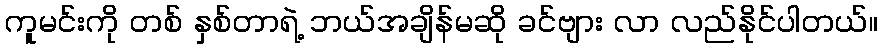
ကူမင်းကို တစ် နှစ်တာရဲ့ ဘယ်အချိန်မဆို ခင်ဗျား လာ လည်နိုင်ပါတယ်။